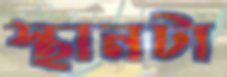
স্থানটা